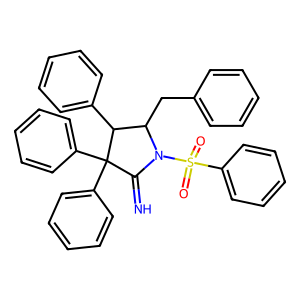
SMILES: N=C1N(S(=O)(=O)c2ccccc2)C(Cc2ccccc2)C(c2ccccc2)C1(c1ccccc1)c1ccccc1
Inhibits HIV replication: No